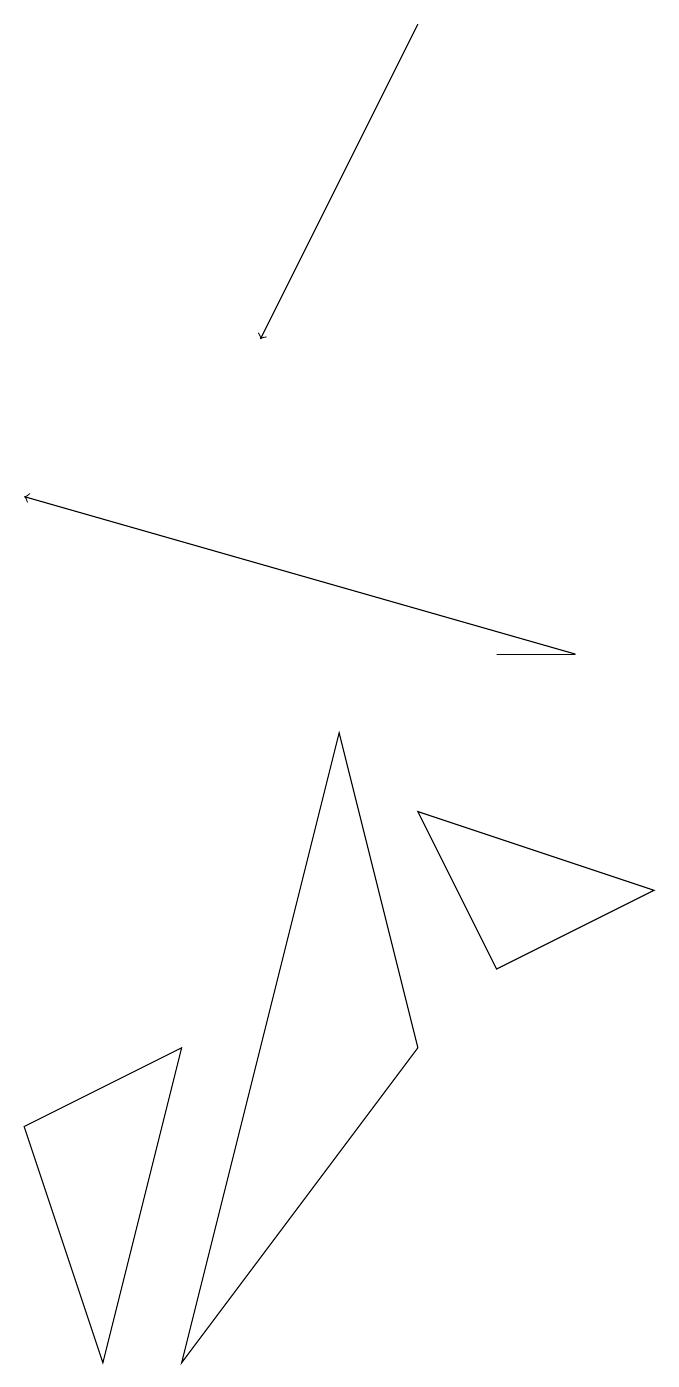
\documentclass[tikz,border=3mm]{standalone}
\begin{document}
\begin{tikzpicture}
\draw (7,10) rectangle (6,10);
\draw[->] (5,18) -- (3,14);
\draw (2,5) -- (0,4) -- (1,1) -- cycle;
\draw[->] (7,10) -- (0,12);
\draw (5,5) -- (4,9) -- (2,1) -- cycle;
\draw (5,8) -- (8,7) -- (6,6) -- cycle;
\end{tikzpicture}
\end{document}